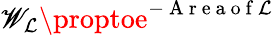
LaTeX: \mathscr{W}_{\mathcal{{L}}}\proptoe^{-\mathrm{{~A~r~e~a~o~f~}}\mathcal{{L}}}